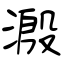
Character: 溵